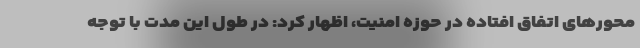
محورهای اتفاق افتاده در حوزه امنیت، اظهار کرد: در طول این مدت با توجه